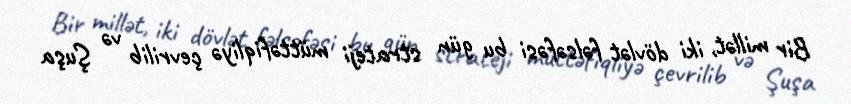
Bir millət, iki dövlət fəlsəfəsi bu gün strateji müttəfiqliyə çevrilib və Şuşa